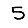
Digit: 5